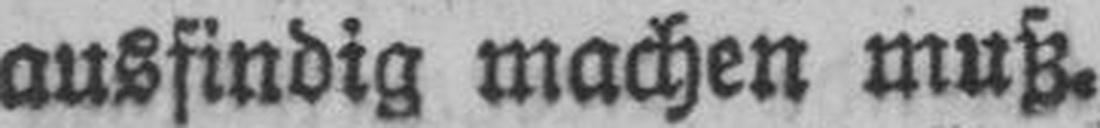
ausfindig machen muß.